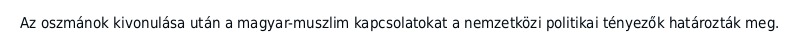
Az oszmánok kivonulása után a magyar-muszlim kapcsolatokat a nemzetközi politikai tényezők határozták meg.